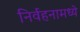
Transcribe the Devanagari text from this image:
निर्वहनामध्ये